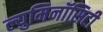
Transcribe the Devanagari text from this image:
ल्युमिनॉसिटी